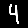
Digit: 4